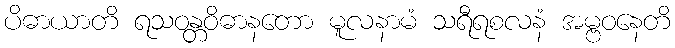
ပိဓာယာတိ ရသဝန္တဝိဓာနတော မူလနာမံ သရီရစလနံ အမ္ဗဝနေတိ